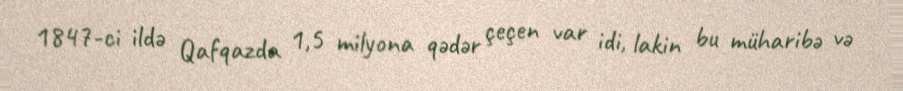
1847-ci ildə Qafqazda 1,5 milyona qədər çeçen var idi, lakin bu müharibə və